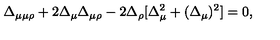
\Delta _ { \mu \mu \rho } + 2 \Delta _ { \mu } \Delta _ { \mu \rho } - 2 \Delta _ { \rho } [ \Delta _ { \mu } ^ { 2 } + ( \Delta _ { \mu } ) ^ { 2 } ] = 0 ,